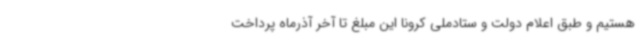
هستیم و طبق اعلام دولت و ستادملی کرونا این مبلغ تا آخر آذرماه پرداخت